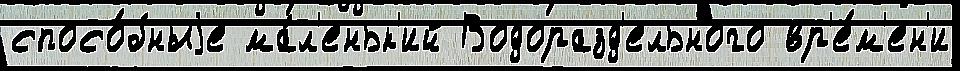
спосо́бныjе ма́л'еньк'ий Водоразд'ельного вр'е́м'ен'и